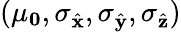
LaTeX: (\mu_{\mathbf{0}},\sigma_{\hat{\mathbf{x}}},\sigma_{\hat{\mathbf{y}}},\sigma_{\hat{\mathbf{z}}})